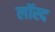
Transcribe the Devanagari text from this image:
लॉस्द